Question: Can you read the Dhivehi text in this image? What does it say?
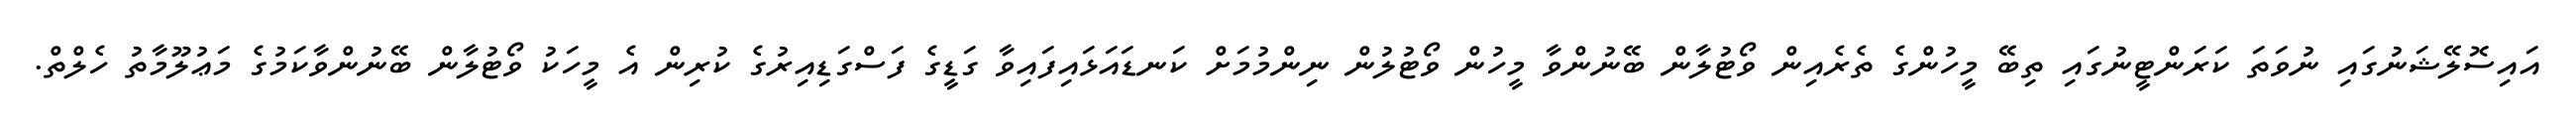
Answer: އައިސޮލޭޝަނުގައި ނުވަތަ ކަރަންޓީނުގައި ތިބޭ މީހުންގެ ތެރެއިން ވޯޓުލާން ބޭނުންވާ މީހުން ވޯޓުލުން ނިންމުމަށް ކަނޑައަޅައިފައިވާ ގަޑީގެ ފަސްގަޑިއިރުގެ ކުރިން އެ މީހަކު ވޯޓުލާން ބޭނުންވާކަމުގެ މަޢުލޫމާތު ހެލްތް.